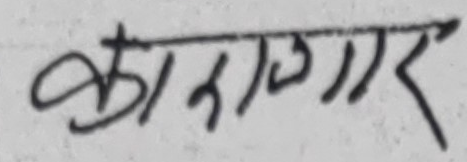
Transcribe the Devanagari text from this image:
कागगार